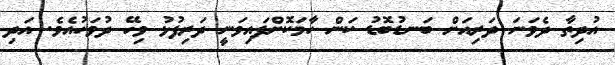
އުދިތާ ދެވަނަ ދަރިއަށް ބަނޑުބޮޑު ކަން ހާމަކޮށްފައިވަނީ ދަރިފުޅު ވިހޭ ދުވަހުއެވެ. އަދި